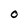
Character: O